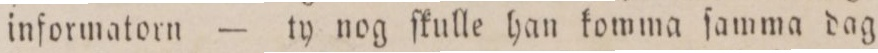
informatorn — ty nog ſkulle han komma ſamma dag